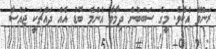
ރަންވޭ އެކެވެ. މީގެ ސަބަބުން ދިމާވާ އެންމެ ބޮޑު އެއް ދައްޗަކީ ޖައްސާ